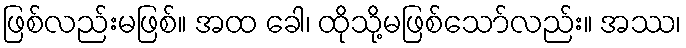
ဖြစ်လည်းမဖြစ်။ အထ ခေါ၊ ထိုသို့မဖြစ်သော်လည်း။ အဿ၊